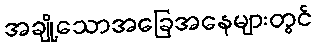
အချို့သောအခြေအနေများတွင်